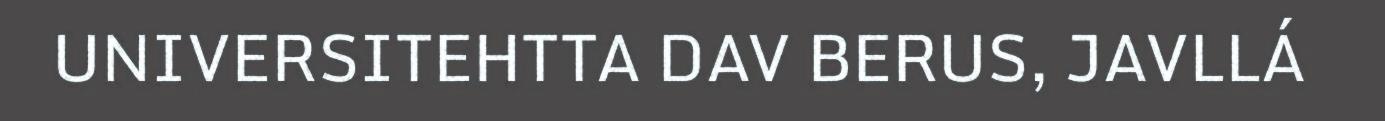
UNIVERSITEHTTA DAV BERUS, JAVLLÁ